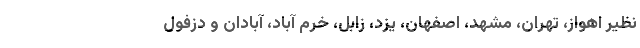
نظیر اهواز، تهران، مشهد، اصفهان، یزد، زابل، خرم آباد، آبادان و دزفول